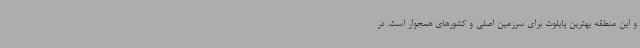
و این منطقه بهترین پایلوت برای سرزمین اصلی و کشورهای همجوار است. در